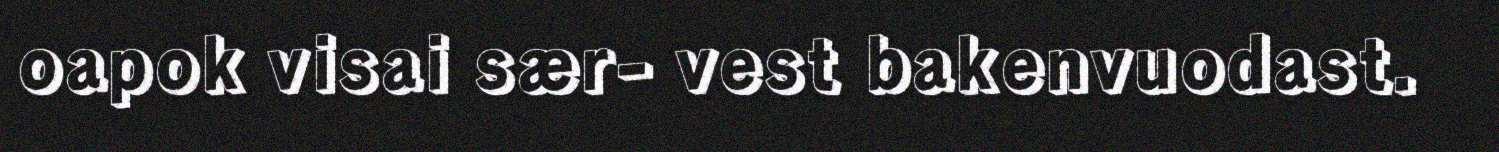
oapok visai sær- vest bakenvuodast.